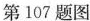
第107题图